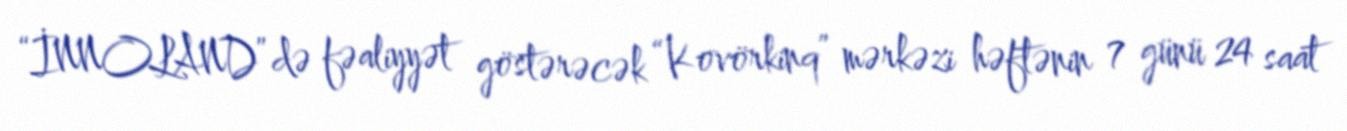
“İNNOLAND”də fəaliyyət göstərəcək “Kovörkinq” mərkəzi həftənin 7 günü 24 saat